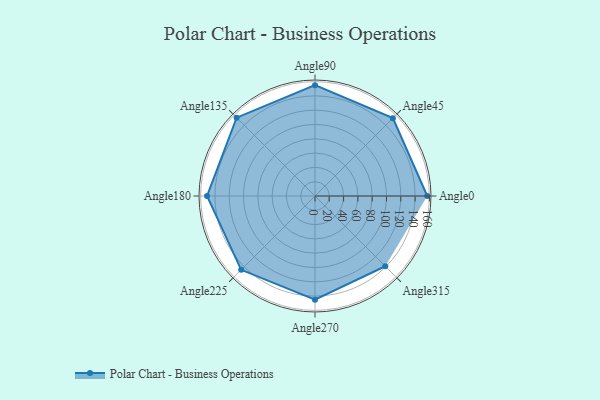
{"axis": {"x": "Angle", "y": "Radius"}, "legend": [""], "data": [{"x": "Angle0", "y": 157.0, "type": ""}, {"x": "Angle45", "y": 154.0, "type": ""}, {"x": "Angle90", "y": 155.0, "type": ""}, {"x": "Angle135", "y": 155.0, "type": ""}, {"x": "Angle180", "y": 151.0, "type": ""}, {"x": "Angle225", "y": 146.0, "type": ""}, {"x": "Angle270", "y": 145.0, "type": ""}, {"x": "Angle315", "y": 139.0, "type": ""}]}